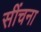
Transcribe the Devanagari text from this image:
सींचना